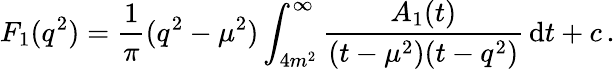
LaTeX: F_{1}(q^{2})=\frac{1}{\pi}(q^{2}-\mu^{2})\int_{4m^{2}}^{\infty}\frac{A_{1}(t)}{(t-\mu^{2})(t-q^{2})}\, \mathrm{d}t+c\, .